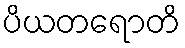
ပိယတရောတိ